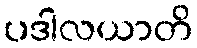
ပဒါလယာတိ